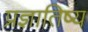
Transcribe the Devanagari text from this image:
प्रज्ञातिष्य